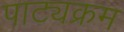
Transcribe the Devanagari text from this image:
पाट्यक्रम